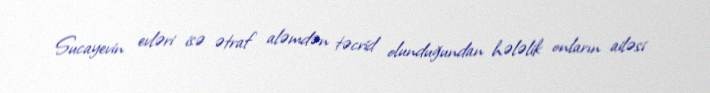
Sucayevin evləri isə ətraf aləmdən təcrid olunduğundan hələlik onların ailəsi